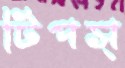
টিপস্